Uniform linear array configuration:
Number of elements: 32
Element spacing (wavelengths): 1
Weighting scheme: cosine
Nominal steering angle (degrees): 0
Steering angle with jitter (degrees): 0.5277
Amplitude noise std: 0.05
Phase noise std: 0.05

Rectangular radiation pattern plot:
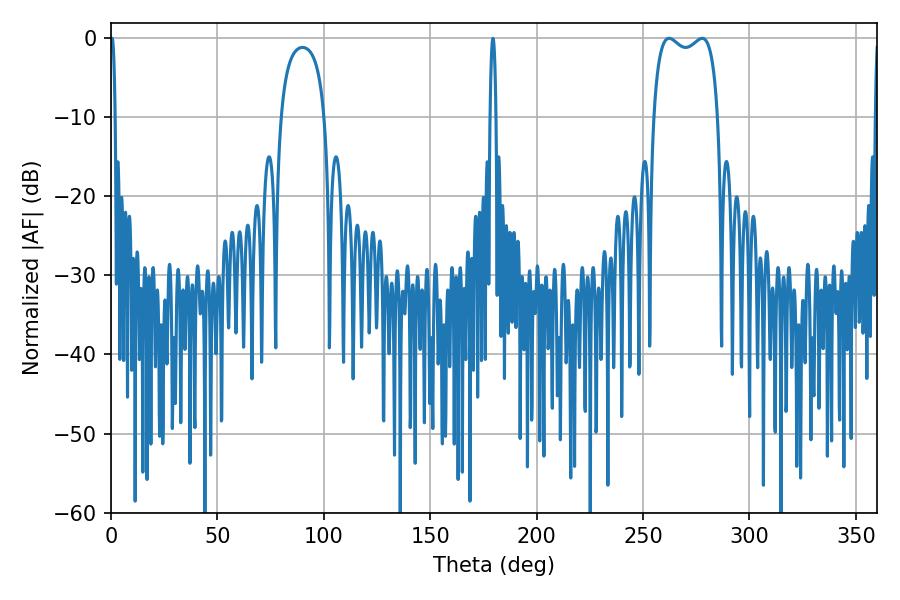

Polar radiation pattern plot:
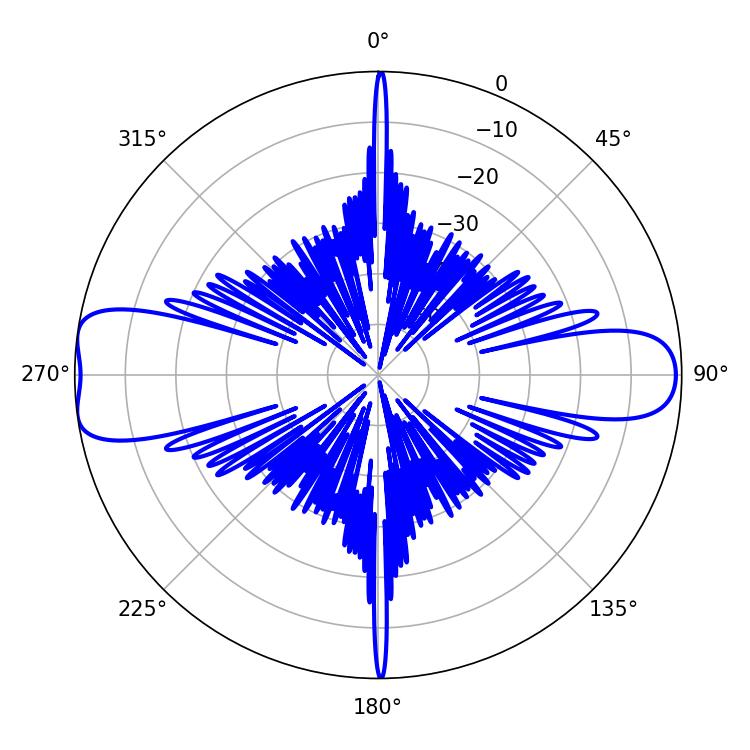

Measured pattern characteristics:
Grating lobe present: TRUE
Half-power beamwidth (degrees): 24.84
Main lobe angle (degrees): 262.26